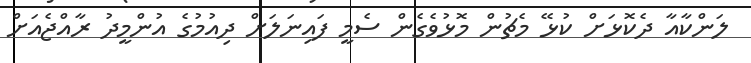
ލަންކާއާ ދެކޮޅަށް ކުޅޭ މެޗުން މޮޅުވެގެން ސެމީ ފައިނަލަށް ދިއުމުގެ އުންމީދު ރާއްޖެއަށް